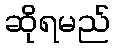
ဆိုရမည်